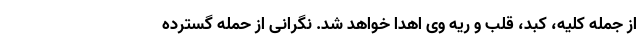
از جمله کلیه، کبد، قلب و ریهٔ وی اهدا خواهد شد. نگرانی از حمله گسترده